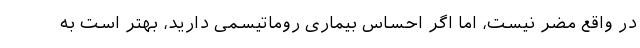
در واقع مضر نیست، اما اگر احساس بیماری روماتیسمی دارید، بهتر است به